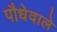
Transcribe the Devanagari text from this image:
पौधेवाले